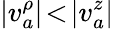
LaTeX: |v_{a}^{\rho}|\! <\! |v_{a}^{z}|